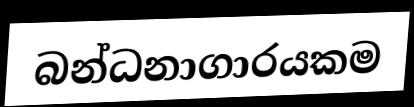
බන්ධනාගාරයකම